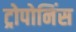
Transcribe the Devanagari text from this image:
ट्रोपोनिंस